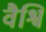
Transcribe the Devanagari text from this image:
वैश्वि